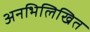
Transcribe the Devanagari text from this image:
अनभिलिखित